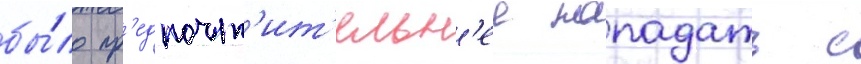
бы́ло пр'едпочт'ит'ельн'ее нападать с